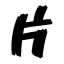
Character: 片